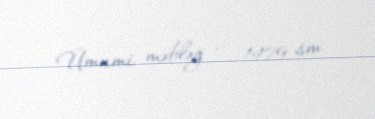
Ümumi məbləğ — 1479 sm